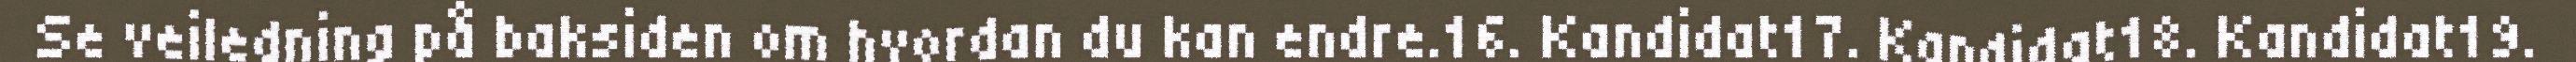
Se veiledning på baksiden om hvordan du kan endre.16. Kandidat17. Kandidat18. Kandidat19.